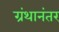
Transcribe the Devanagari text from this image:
ग्रंथानंतर